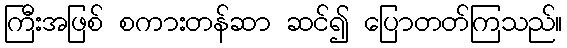
ကြီးအဖြစ် စကားတန်ဆာ ဆင်၍ ပြောတတ်ကြသည်။